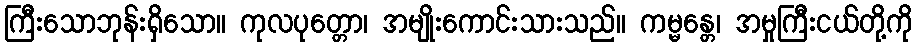
ကြီးသောဘုန်းရှိသော။ ကုလပုတ္တော၊ အမျိုးကောင်းသားသည်။ ကမ္မန္တေ၊ အမှုကြီးငယ်တို့ကို